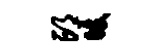
邙暖